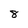
Character: 8